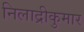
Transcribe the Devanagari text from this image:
निलाद्रीकुमार